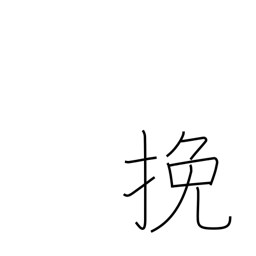
Meaning: saw